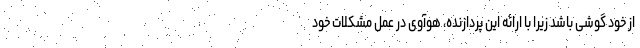
از خود گوشی باشد زیرا با ارائه این پردازنده، هوآوی در عمل مشکلات خود